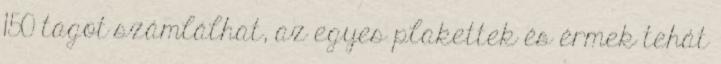
150 tagot számlálhat, az egyes plakettek és érmek tehát